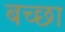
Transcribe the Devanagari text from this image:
बच्छा